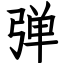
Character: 弹